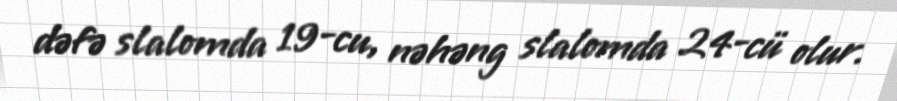
dəfə slalomda 19-cu, nəhəng slalomda 24-cü olur.